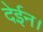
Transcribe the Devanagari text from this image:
देईन।